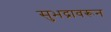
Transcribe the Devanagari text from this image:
सुभद्रावरून